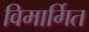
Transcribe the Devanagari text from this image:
विमार्गित